Insane asylums Bombay 1873-77 - 1873-1877
Year: 1873
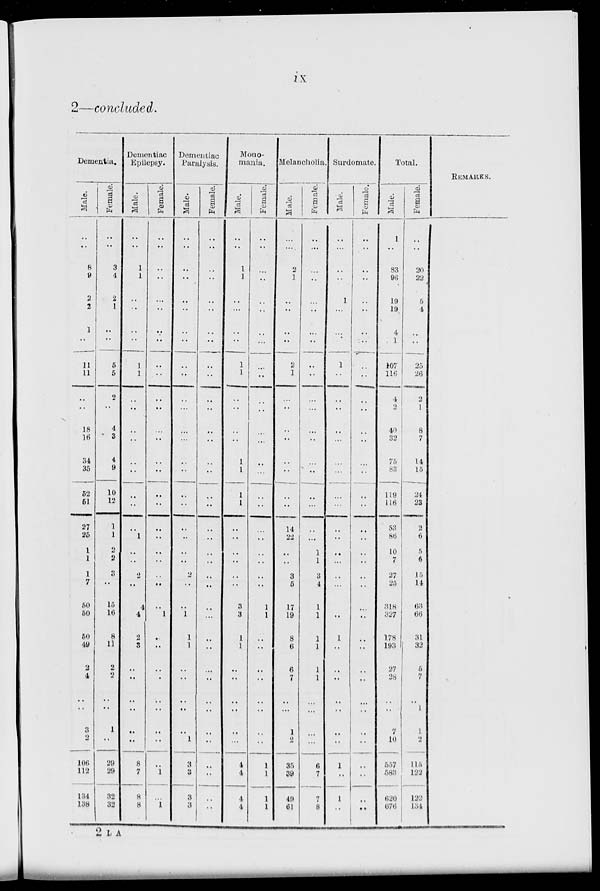
ix
2—concluded.
Dementia.
Male.
..
..
8
9
2
2
1
..
11
11
..
..
18
16
34
35
52
51
27
25
1
1
1
7
50
50
50
49
2
4
..
..
3
2
106
112
134
138
Female.
..
..
3
4
2
1
..
..
5
5
2
..
4
3
4
9
10
12
1
1
2
2
3
..
15
16
8
11
2
2
..
..
1
..
29
29
32
32
Demontiac
Epilepsy.
Male.
..
..
1
1
..
..
..
..
1
1
..
..
..
..
..
..
..
..
..
1
..
..
2
..
4
4
2
3
..
..
..
..
..
..
8
7
8
8
Female.
..
..
..
..
..
..
..
..
..
..
..
..
..
..
..
..
..
..
..
..
..
..
..
..
..
1
..
..
..
..
..
..
..
..
..
1
...
1
Dementiac
Paralysis.
Male.
..
..
..
..
..
..
..
..
..
..
..
..
..
..
..
..
..
..
..
..
..
..
2
..
..
1
1
1
..
..
..
..
..
1
3
3
3
3
Female.
..
..
..
..
..
..
..
..
..
..
..
..
..
..
..
..
..
..
..
..
..
..
..
..
..
...
..
..
..
..
..
..
..
..
..
..
..
..
Mono-
mania.
Male.
..
..
1
1
..
...
..
..
1
1
..
..
..
..
1
1
1
1
..
..
..
..
..
..
3
3
1
1
..
..
..
..
..
...
4
4
4
4
Female.
..
..
...
..
..
..
..
...
..
..
..
..
..
...
..
..
..
..
..
..
..
..
..
..
1
1
..
..
..
..
..
..
..
..
1
1
1
1
Melancholia.
Male.
..
..
2
1
..
..
..
..
2
1
..
..
..
..
..
..
..
..
14
22
..
..
3
5
17
19
8
6
6
7
..
...
1
2
35
39
49
61
Female.
..
...
...
..
..
..
..
..
..
..
..
...
..
..
..
..
..
...
..
...
1
1
3
4
1
1
1
1
1
1
..
...
...
...
6
7
7
8
Surdomate.
Male.
..
..
..
..
1
...
...
..
1
..
..
..
..
...
..
..
..
..
..
..
..
...
...
...
..
..
1
..
..
..
..
..
..
..
1
..
1
..
Female.
..
..
..
..
..
..
..
..
..
..
..
..
..
..
..
..
..
..
..
..
..
..
..
..
..
..
..
..
..
..
...
..
..
..
..
..
..
..
Total.
Male.
1
..
83
96
19
19
4
1
107
116
4
2
40
32
75
83
119
116
53
86
10
7
27
25
318
327
178
193
27
28
..
..
7
10
557
583
620
676
Female.
..
..
20
22
5
4
..
..
25
26
2
1
8
7
14
15
24
23
2
6
5
6
15
14
63
66
31
32
5
7
..
1
1
2
115
123
122
134
REMARKS.
2 L A